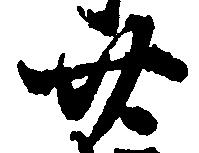
廿